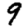
Digit: 9